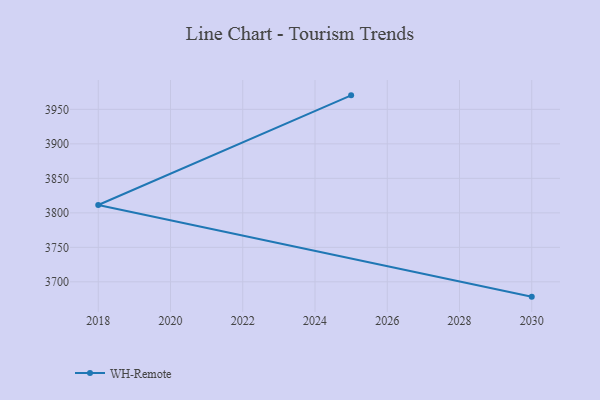
{"axis": {"x": "Year", "y": "Net Income (USD K)"}, "legend": ["WH-Remote"], "data": [{"x": "2030", "y": 3678.5, "type": "WH-Remote"}, {"x": "2018", "y": 3811.3, "type": "WH-Remote"}, {"x": "2025", "y": 3970.3, "type": "WH-Remote"}]}